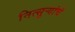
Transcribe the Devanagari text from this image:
नित्सुर्‍यांचे